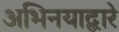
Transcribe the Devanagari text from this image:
अभिनयाद्वारे